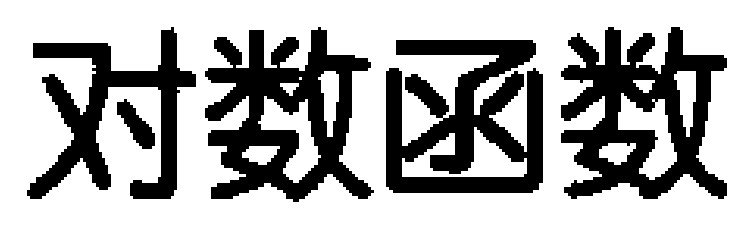
对数函数